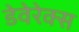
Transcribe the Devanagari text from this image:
डेवेरेक्स